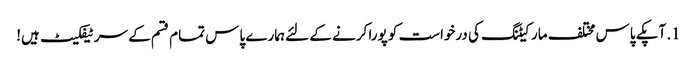
1. آپکے پاس مختلف مارکیٹنگ کی درخواست کو پورا کرنے کے لئے ہمارے پاس تمام قسم کے سرٹیفکیٹ ہیں!